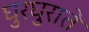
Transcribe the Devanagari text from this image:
घुरघुराते